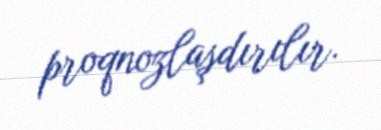
proqnozlaşdırılır.